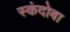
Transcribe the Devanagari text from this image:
स्कंदोबा